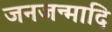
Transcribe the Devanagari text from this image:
जनजन्मादि